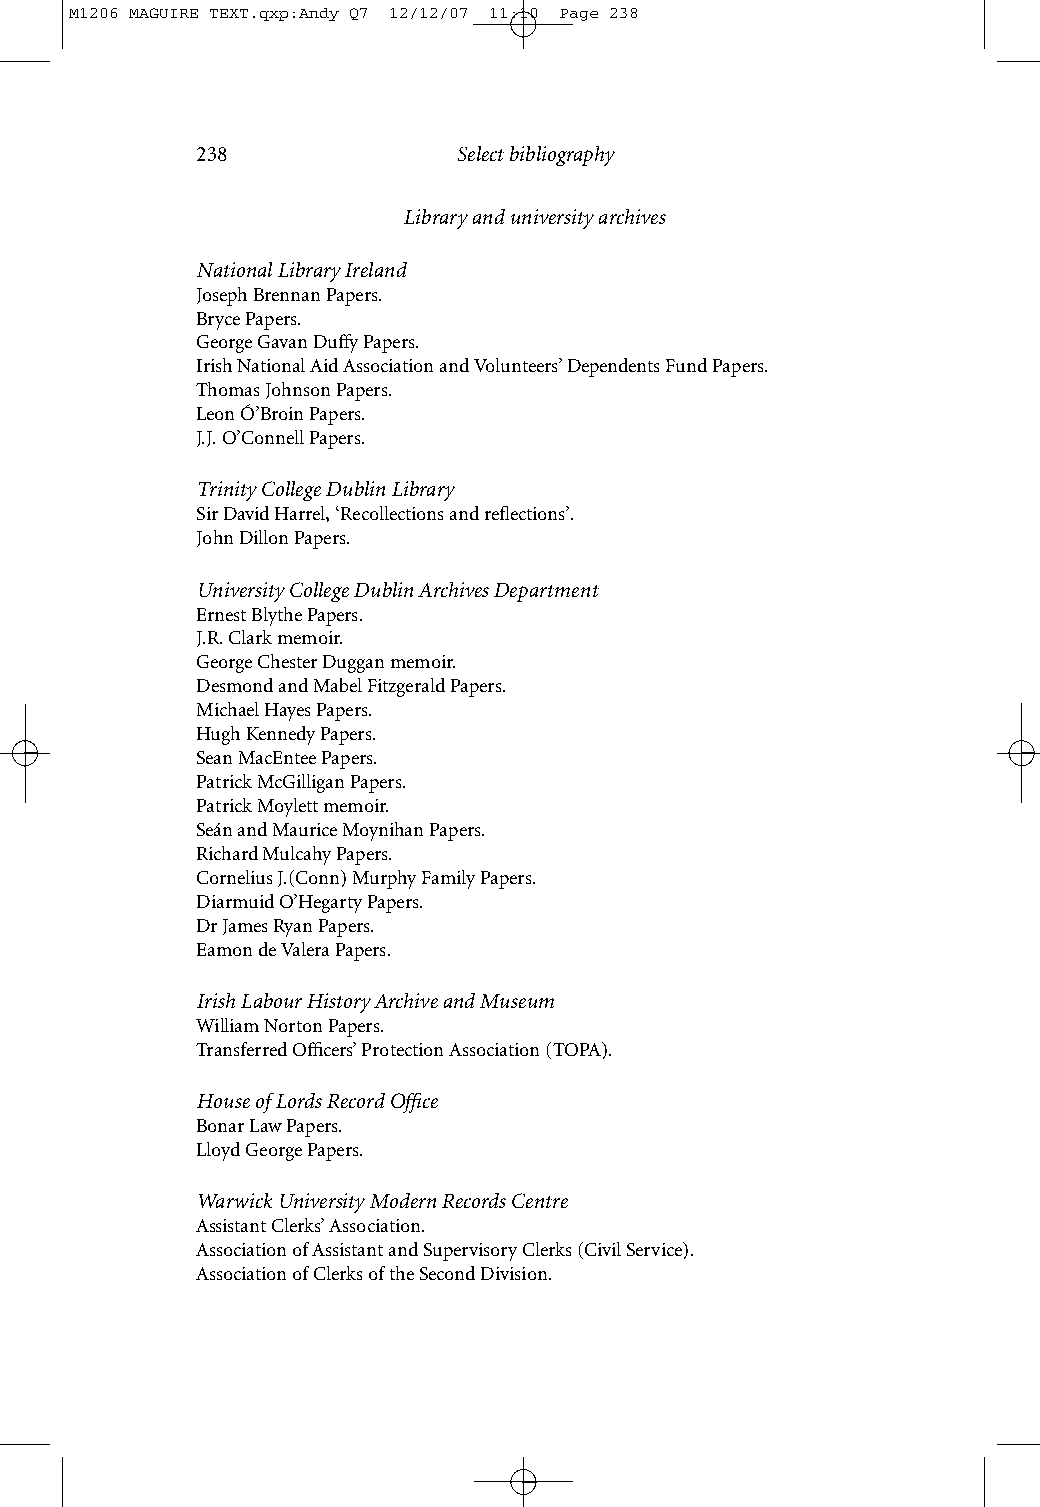
M1206 MAGUIRE TEXT.qxp:Andy Q7 12/12/07 11:10 Page 238
 238              Select bibliography
 Library and university archives
 National Library Ireland
 Joseph Brennan Papers.
 Bryce Papers.
 George Gavan Duffy Papers.
 Irish National Aid Association and Volunteers’ Dependents Fund Papers.
 Thomas Johnson Papers.
 Leon Ó’Broin Papers.
 J.J. O’Connell Papers.
 Trinity College Dublin Library
 Sir David Harrel, ‘Recollections and reflections’.
 John Dillon Papers.
 University College Dublin Archives Department
 Ernest Blythe Papers.
 J.R. Clark memoir.
 George Chester Duggan memoir.
 Desmond and Mabel Fitzgerald Papers.
 Michael Hayes Papers.
 Hugh Kennedy Papers.
 Sean MacEntee Papers.
 Patrick McGilligan Papers.
 Patrick Moylett memoir.
 Seán and Maurice Moynihan Papers.
 Richard Mulcahy Papers.
 Cornelius J.(Conn) Murphy Family Papers.
 Diarmuid O’Hegarty Papers.
 Dr James Ryan Papers.
 Eamon de Valera Papers.
 Irish Labour History Archive and Museum
 William Norton Papers.
 Transferred Officers’ Protection Association (TOPA).
 House of Lords Record Office
 Bonar Law Papers.
 Lloyd George Papers.
 Warwick University Modern Records Centre
 Assistant Clerks’ Association.
 Association of Assistant and Supervisory Clerks (Civil Service).
 Association of Clerks of the Second Division.